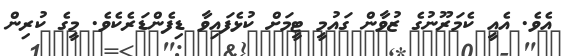
އެވެ. އެއީ ކެމަރޫނުގެ ޒުވާން ގައުމީ ޓީމަށް ކުޅެފައިވާ ޑިފެންޑަރެކެވެ. މީގެ ކުރިން